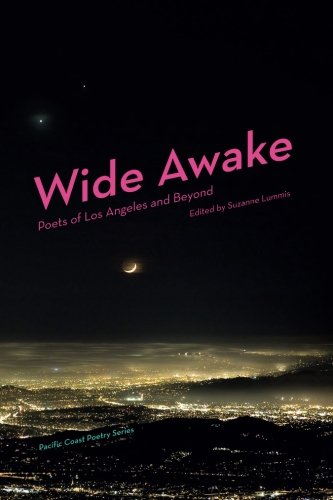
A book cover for Wide Awake: Poets of Los Angeles and Beyond (Pacific Coast Poetry Series); Literature & Fiction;